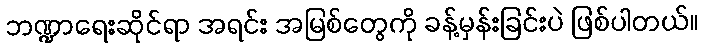
ဘဏ္ဍာရေးဆိုင်ရာ အရင်း အမြစ်တွေကို ခန့်မှန်းခြင်းပဲ ဖြစ်ပါတယ်။